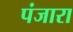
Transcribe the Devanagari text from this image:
पंजारा